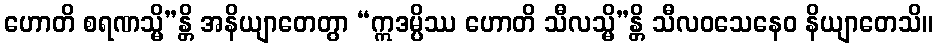
ဟောတိ စရဏသ္မိ”န္တိ အနိယျာတေတွာ “ဣဒမ္ပိဿ ဟောတိ သီလသ္မိ”န္တိ သီလဝသေနေဝ နိယျာတေသိ။